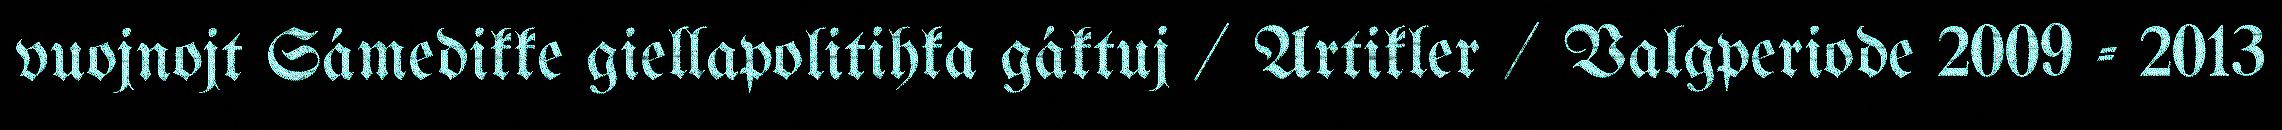
vuojnojt Sámedikke giellapolitihka gáktuj / Artikler / Valgperiode 2009 - 2013